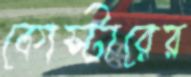
কোস্টারের